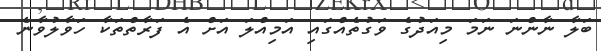
ބަލާ ނާންނަ ނަމަ މިއަދުގެ ވަގުތެއްގައި އަމިއްލަ އަށް އެ ފަރާތްތަކާ ހަވާލުވާނެ